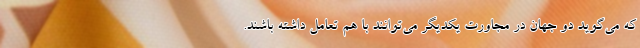
که می‌گوید دو جهان در مجاورت یکدیگر می‌توانند با هم تعامل داشته باشند.